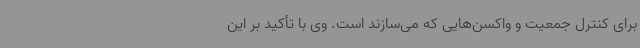
برای کنترل جمعیت و واکسن‌هایی که می‌سازند است. وی با تأکید بر این